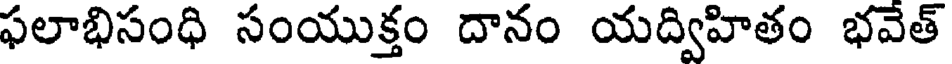
ఫలాభిసంధి సంయుక్తం దానం యద్విహితం భవెత్